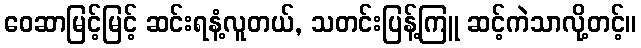
ဝေဆာမြင့်မြင့် ဆင်းရနံ့လူတယ်, သတင်းပြန့်ကြူ ဆင့်ကဲသာလို့တင့်။